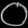
Digit: ၀